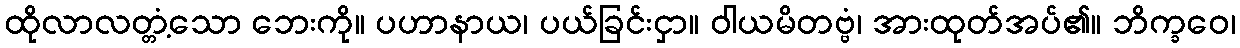
ထိုလာလတ္တံ့သော ဘေးကို။ ပဟာနာယ၊ ပယ်ခြင်းငှာ။ ဝါယမိတဗ္ဗံ၊ အားထုတ်အပ်၏။ ဘိက္ခဝေ၊